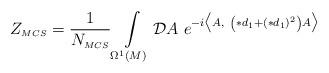
LaTeX: \begin{align*}Z_{\scriptscriptstyle MCS} = \frac{1}{N_{\scriptscriptstyle MCS}}\int\limits_{\Omega^{\scriptscriptstyle 1}(M)}\mathcal{D}A \hskip 4pt e^{-i \bigl\langle A, \hskip 4pt \left(\ast d_{\scriptscriptstyle 1} +(\ast d_{\scriptscriptstyle 1})^{\scriptscriptstyle 2} \right)A \bigr\rangle}\end{align*}